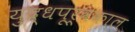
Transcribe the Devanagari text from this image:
युद्धपूर्वकाल